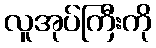
လူအုပ်ကြီးကို